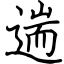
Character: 遄